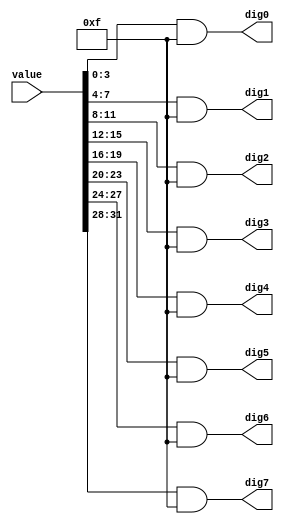
module bin2hex32(
    input wire [31:0] value,
    output wire [3:0] dig0,
    output wire [3:0] dig1,
    output wire [3:0] dig2,
    output wire [3:0] dig3,
    output wire [3:0] dig4,
    output wire [3:0] dig5,
    output wire [3:0] dig6,
    output wire [3:0] dig7
);

    assign dig0 = value & 4'hFF;
    assign dig1 = value >> 4 & 4'hFF;
    assign dig2 = value >> 8 & 4'hFF;
    assign dig3 = value >> 12 & 4'hFF;
    assign dig4 = value >> 16 & 4'hFF;
    assign dig5 = value >> 20 & 4'hFF;
    assign dig6 = value >> 24 & 4'hFF;
    assign dig7 = value >> 28 & 4'hFF;
endmodule